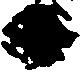
日